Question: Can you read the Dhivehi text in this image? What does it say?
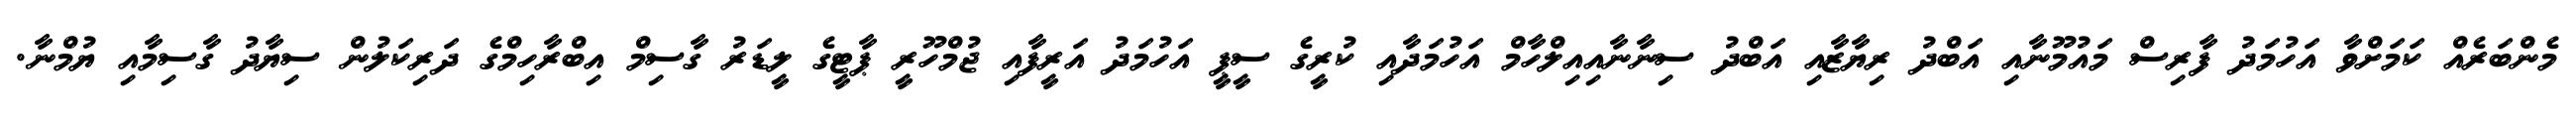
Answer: މެންބަރެއް ކަމަށްވާ އަހުމަދު ފާރިސް މައުމޫނާއި އަބްދު ރިޔާޒާއި އަބްދު ސިނާނާއިއިލްހާމް އަހުމަދާއި ކުރީގެ ސީޕީ އަހުމަދު އަރީފާއި ޖުމްހޫރީ ޕާޓީގެ ލީޑަރު ގާސިމް އިބްރާހިމްގެ ދަރިކަލުން ސިޔާދު ގާސިމާއި ޔުމްނާ.